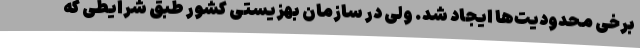
برخی محدودیت‌ها ایجاد شد. ولی در سازمان بهزیستی کشور طبق شرایطی که